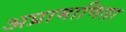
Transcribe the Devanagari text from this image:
अप्रामाणिता